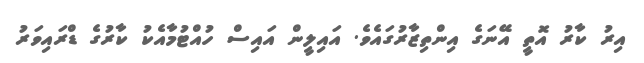
އިރު ކާރު އޮތީ އޭނަގެ އިންތިޒާރުގައެވެ. އައިލީން އައިސް ހުއްޓުމާއެކު ކާރުގެ ޑްރައިވަރު